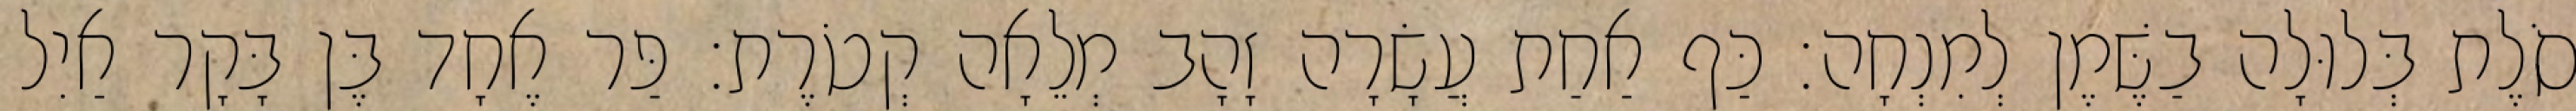
סֹלֶת בְּלוּלָה בַשֶּׁמֶן לְמִנְחָה׃ כַּף אַחַת עֲשָׂרָה זָהָב מְלֵאָה קְטֹרֶת׃ פַּר אֶחָד בֶּן בָּקָר אַיִל